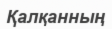
Қалқанның